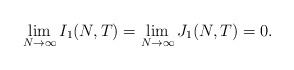
LaTeX: \begin{align*} \lim_{N\to\infty}I_1(N,T)=\lim_{N\to\infty}J_1(N,T)=0. \end{align*}